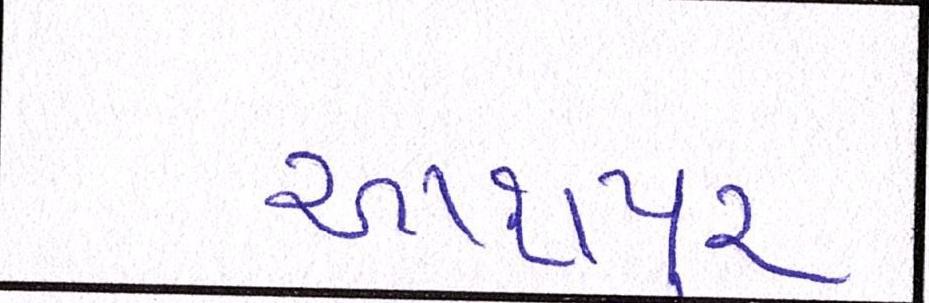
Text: આશપુર